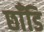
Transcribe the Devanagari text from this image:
छाँडि